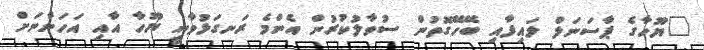
"ޔޫހާގެ ޕާސަނަލް ލައިފާއި ބޭހޭގޮތުން ސުވާލުކުރުން އެންމެ ރަނގަޅުވާނީ ޔޫހާ އާއި އަހަންނަށް